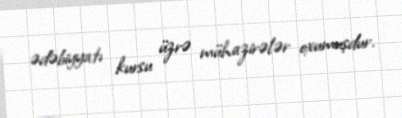
ədəbiyyatı kursu üzrə mühazirələr oxumuşdur.